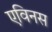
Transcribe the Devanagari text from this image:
एविनस